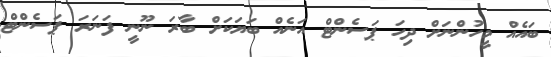
ބައެއް މީހުންނަށް ދިހަ ޕަސެންޓް އަނެއް ބަޔަކަށް ބާރަ ނޫނީ ފަނަރަ ޕަސެންޓް